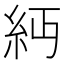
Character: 𥾝